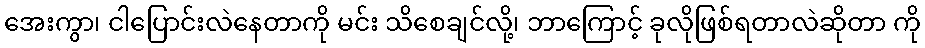
အေးကွာ၊ ငါပြောင်းလဲနေတာကို မင်း သိစေချင်လို့၊ ဘာကြောင့် ခုလိုဖြစ်ရတာလဲဆိုတာ ကို